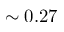
\sim 0 . 2 7